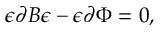
\epsilon \partial B \epsilon - \epsilon \partial \Phi = 0 , \,